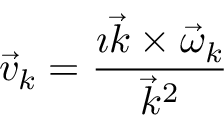
\vec { v } _ { k } = \frac { \imath \vec { k } \times \vec { \omega } _ { k } } { \vec { k } ^ { 2 } }